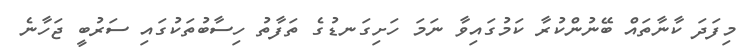
މިފަދަ ކާނާތައް ބޭނުންކުރާ ކަމުގައިވާ ނަމަ ހަށިގަނޑުގެ ތަފާތު ހިސާބުތަކުގައި ސަރުބީ ޖަހާނެ